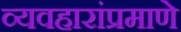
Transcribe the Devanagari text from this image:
व्यवहारांप्रमाणे